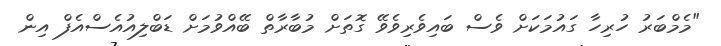
"މެމްބަރު ހުރިހާ ގައުމަކަށް ވެސް ބައިވެރިވެވޭ ގޮތަށް މުބާރާތް ބޭއްވުމަށް ޑަބްލިއުއެސްއެފް އިން